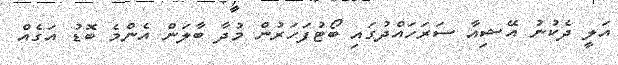
އަލީ ދެކުނު އޭޝިއާ ސަރަހައްދުގައި ބޯޓުފަހަރުން މުދާ ބާލަން އެންމެ ބޮޑު އަގެއް